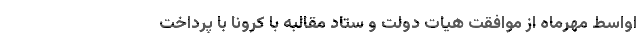
اواسط مهرماه از موافقت هیات دولت و ستاد مقالبه با کرونا با پرداخت